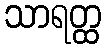
သာရတ္ထ